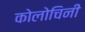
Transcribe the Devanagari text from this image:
कोलोचिनी